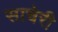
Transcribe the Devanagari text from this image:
साचेरी